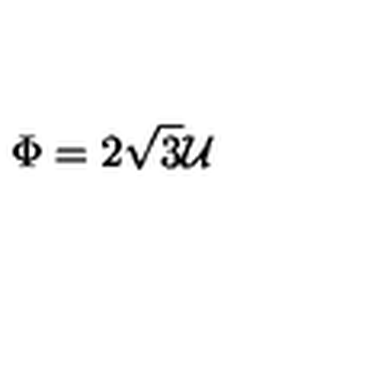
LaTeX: \Phi = 2 \sqrt { 3 } { \cal U }